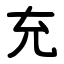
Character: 充